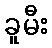
ခူမီး